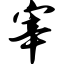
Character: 宰